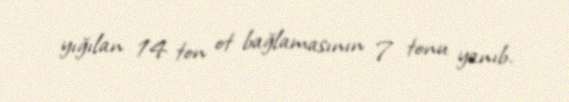
yığılan 14 ton ot bağlamasının 7 tonu yanıb.